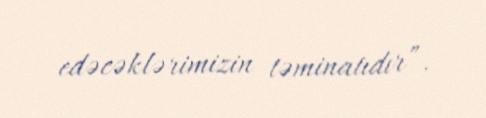
edəcəklərimizin təminatıdır”.